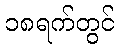
၁၈ရက်တွင်